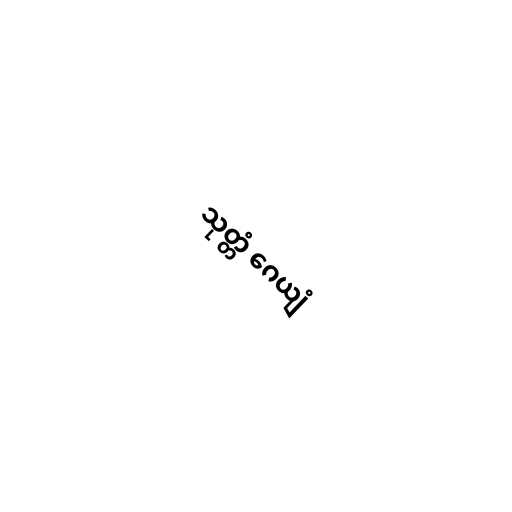
သုတ္တံ ဂေယျံ